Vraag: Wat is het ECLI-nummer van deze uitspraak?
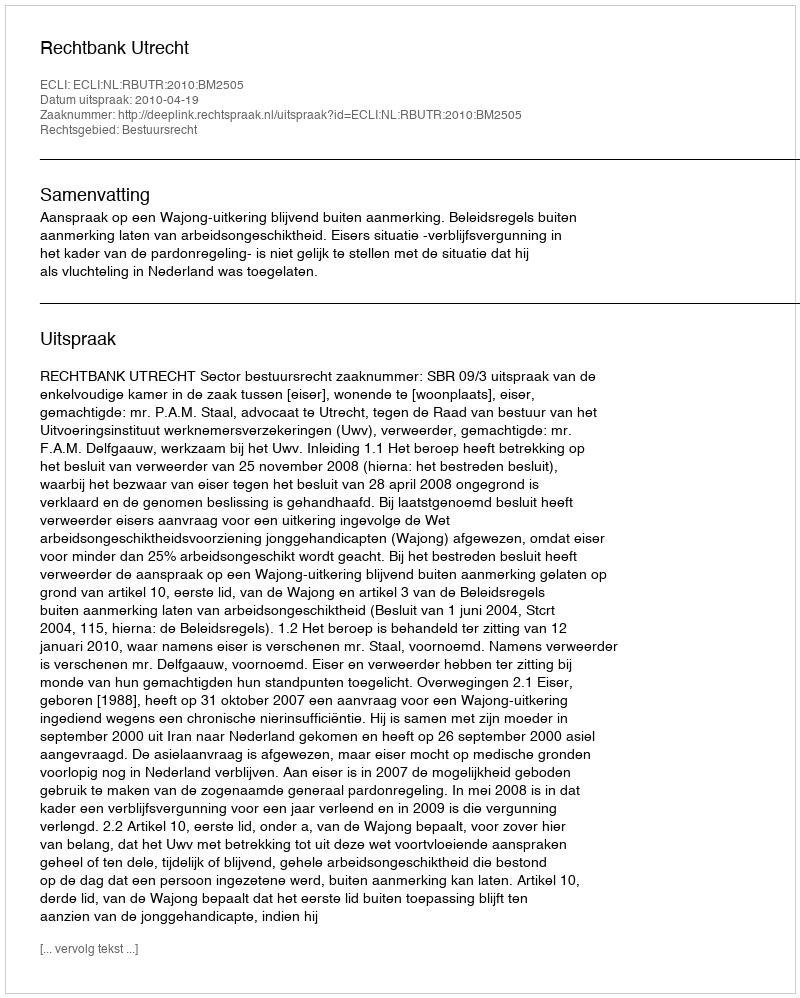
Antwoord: ECLI:NL:RBUTR:2010:BM2505